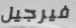
فيرجيل